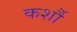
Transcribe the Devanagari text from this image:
कर्शौ